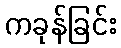
ကခုန်ခြင်း